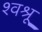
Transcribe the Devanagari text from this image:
श्वश्रू